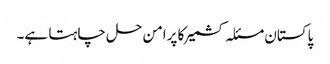
پاکستان مسئلہ کشمیر کا پرامن حل چاہتا ہے۔